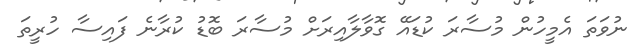
ނުވަތަ އެމީހުން މުސާރަ ކުޑައޭ ގޮވާލާއިރަށް މުސާރަ ބޮޑު ކުރާނެ ފައިސާ ހުރީތަ